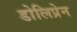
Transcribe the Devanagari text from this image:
डोलिप्रेन